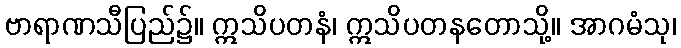
ဗာရာဏသီပြည်၌။ ဣသိပတနံ၊ ဣသိပတနတောသို့။ အာဂမံသု၊